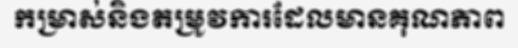
កម្រាស់និងតម្រូវការដែលមានគុណភាព